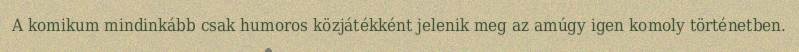
A komikum mindinkább csak humoros közjátékként jelenik meg az amúgy igen komoly történetben.